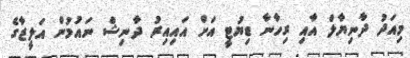
މިއަދު ދާނިޔާލް އާއި ރިހާނާ ޑިޔުޓީ އަށް އައިއިރު ދާނިޝް ނައުމުން އަލީޒާގެ